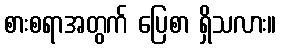
စားစရာအတွက် ပြေစာ ရှိသလား။